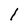
Character: l